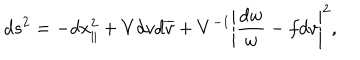
d s ^ { 2 } = - d x _ { \parallel } ^ { 2 } + V d v d \overline { { v } } + V ^ { - 1 } \left| \frac { d w } { w } - f d v \right| ^ { 2 } ,